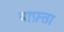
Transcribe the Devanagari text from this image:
याफ़्ता